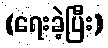
(ရေးခဲ့ပြီး)